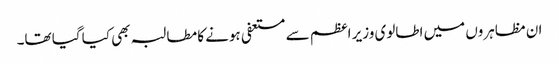
ان مظاہروں میں اطالوی وزیر اعظم سے مستعفی ہونے کا مطالبہ بھی کیا گیا تھا۔